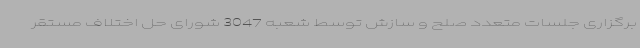
برگزاری جلسات متعدد صلح و سازش توسط شعبه 3047 شورای حل اختلاف مستقر